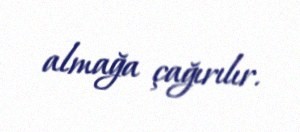
almağa çağırılır.